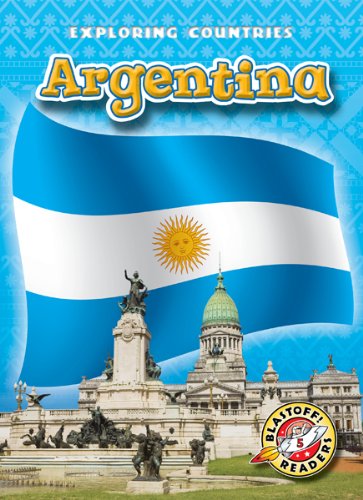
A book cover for Argentina (Blastoff! Readers: Exploring Countries) (Blastoff Readers. Level 5); Kari Schuetz; Travel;